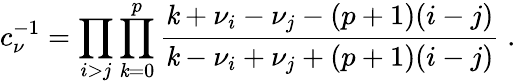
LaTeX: c_{\nu}^{-1}=\prod_{i>j}\prod_{\mathit{k}=0}^{p}\frac{{\mathit{k}+\nu_{i}-\nu_{j}-(p+1)(i-j)}}{{\mathit{k}-\nu_{i}+\nu_{j}+(p+1)(i-j)}}\; .